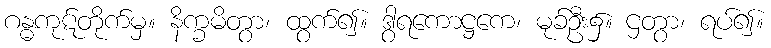
ဂန္ဓကုဋ်တိုက်မှ။ နိက္ခမိတွာ၊ ထွက်၍။ ဒွါရကောဋ္ဌကေ၊ မုခ်ဦး၌။ ဌတွာ၊ ရပ်၍။